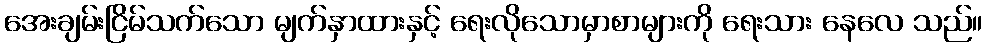
အေးချမ်းငြိမ်သက်သော မျက်နှာထားနှင့် ရေးလိုသောမှာစာများကို ရေးသား နေလေ သည်။